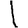
Digit: 1